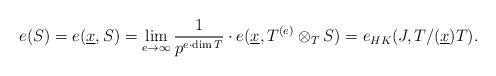
LaTeX: \begin{align*}e(S)=e(\underline{x}, S)=\lim_{e\to\infty}\frac{1}{p^{e\cdot \dim T}}\cdot e(\underline{x}, T^{(e)}\otimes_TS)=e_{HK}(J, T/(\underline{x})T).\end{align*}